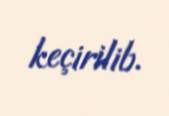
keçirilib.